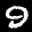
Label: 9